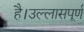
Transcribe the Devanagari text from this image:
है।उल्लासपूर्ण